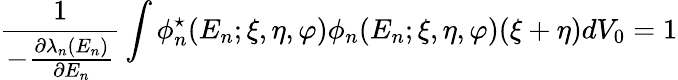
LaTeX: \frac{1}{-\frac{\partial\lambda_{n}(E_{n})}{\partial E_{n}}}\int\phi_{n}^{\star}(E_{n};\xi,\eta,\varphi)\phi_{n}(E_{n};\xi,\eta,\varphi)(\xi+\eta)dV_{0}=1